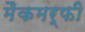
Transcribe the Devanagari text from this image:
मैकमर्फी